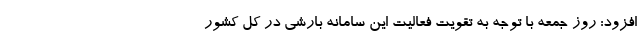
افزود: روز جمعه با توجه به تقویت فعالیت این سامانه بارشی در کل کشور